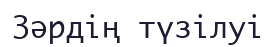
Зəрдің түзілуі